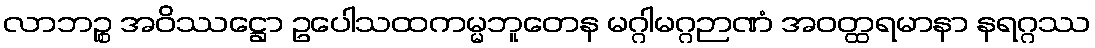
လာဘဉ္စ အဝိဿဋ္ဌော ဥပေါသထကမ္မဘူတေန မဂ္ဂါမဂ္ဂဉာဏံ အဝတ္ထရမာနာ နရဂ္ဂဿ